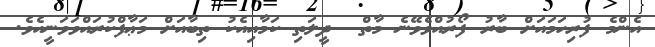
އެންމެ ފުރިހަމައަށް ބާރު ފޯރުއްވެވޭނެ މާތް  ދީލަތި ކަމާއިއެކު ތިބާއަށް މަޢާފްކުރައްވަވަނީއެވެ.